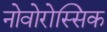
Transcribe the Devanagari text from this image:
नोवोरोस्सिक